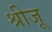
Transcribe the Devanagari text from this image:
श्रीजू